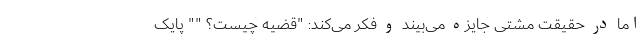
اما در حقیقت مشتی جایزه می‌بیند و فکر می‌کند: "قضیه چیست؟ "" پایک